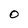
Character: 0